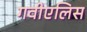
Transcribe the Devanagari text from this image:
गवीएलिस